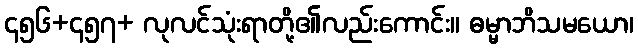
၄၅၆+၄၅၇+ လုလင်သုံးရာတို့၏လည်းကောင်း။ ဓမ္မာဘိသမယော၊